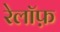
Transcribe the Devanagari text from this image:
रेलॉफ़